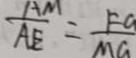
\frac { A M } { A E } = \frac { F G } { M G }